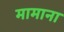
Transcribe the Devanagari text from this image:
मामाना